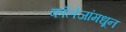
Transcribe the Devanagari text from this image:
कॉलेजांमधून